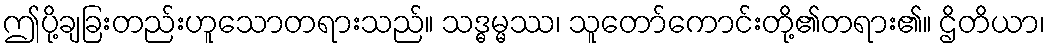
ဤပို့ချခြးတည်းဟူသောတရားသည်။ သဒ္ဓမ္မဿ၊ သူတော်ကောင်းတို့၏တရား၏။ ဌိတိယာ၊